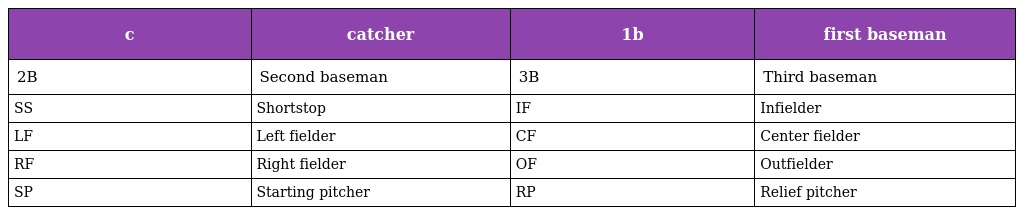
| c | catcher | 1b | first baseman |
 | --- | --- | --- | --- |
 | 2B | Second baseman | 3B | Third baseman |
 | SS | Shortstop | IF | Infielder |
 | LF | Left fielder | CF | Center fielder |
 | RF | Right fielder | OF | Outfielder |
 | SP | Starting pitcher | RP | Relief pitcher |